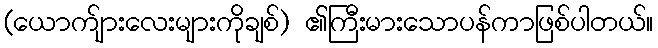
(ယောက်ျားလေးများကိုချစ်) ၏ကြီးမားသောပန်ကာဖြစ်ပါတယ်။